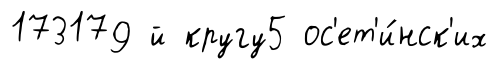
173179 й кругу5 ос'ет'и́нск'их